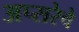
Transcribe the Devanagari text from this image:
अप्सरेचे